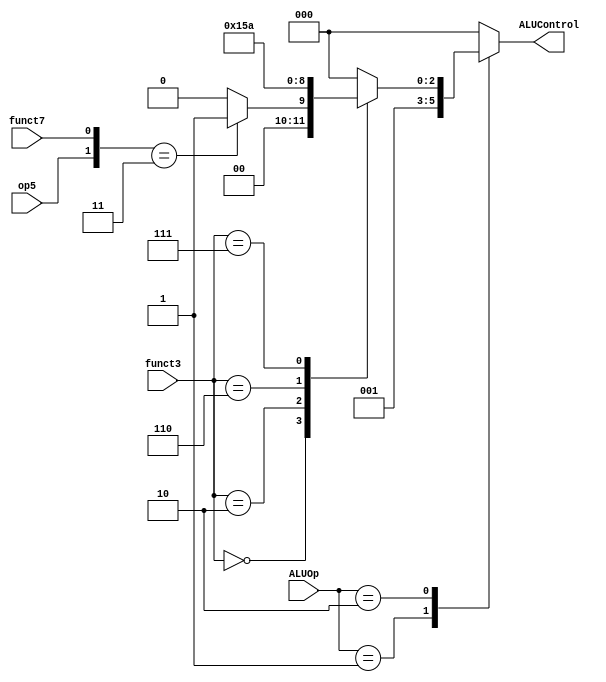
//////////////////////////////////////////
// 										//
// Name: Mo'men Alaa Aldeen Abd Alkader //
// Track: Digital IC Design				//
// Group: 3								//
//										//
//////////////////////////////////////////

module ALU_Decoder 
(
input      [2:0] 	   funct3,
input            	   funct7,
input            	   op5,
input      [1:0]       ALUOp,
output reg [2:0]       ALUControl
);

wire [1:0] concat;
assign concat = {op5,funct7};

always @(*)
begin 
  case(ALUOp)
    2'b00:ALUControl=3'b000;
    2'b01:ALUControl=3'b001;
    2'b10:begin
      case(funct3)
        3'b000: if (concat == 2'b11) ALUControl=3'b001; else ALUControl=3'b000;
        3'b010:	ALUControl=3'b101;
        3'b110:	ALUControl=3'b011;
        3'b111:	ALUControl=3'b010;
        default  :ALUControl=3'b000;
      endcase
          end
    default:ALUControl=3'b000;
  endcase
end

endmodule